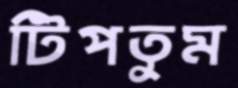
টিপতুম